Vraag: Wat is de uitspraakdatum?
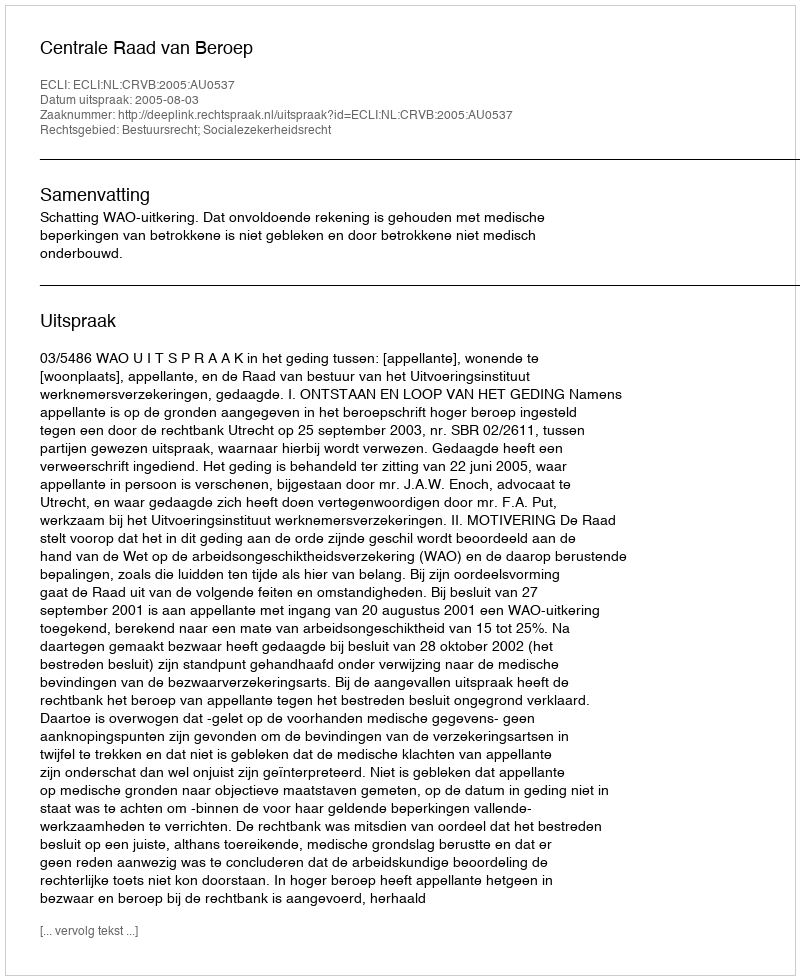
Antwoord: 2005-08-03